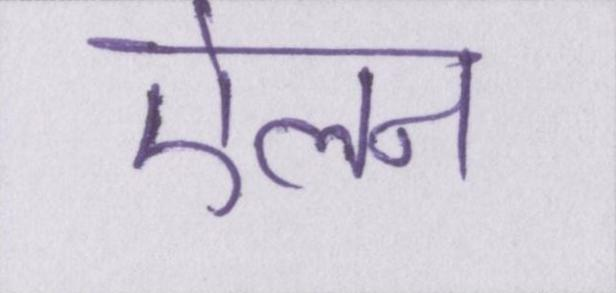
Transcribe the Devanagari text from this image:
ऐलन